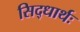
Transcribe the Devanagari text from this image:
सिद्धार्थः